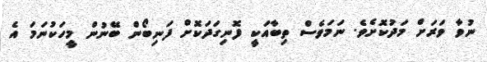
ނުވާ ވަރަށް މަދުކޮށެވެ. ނަމަވެސް ތިބާއަކީ ފޮނިގަދަކޮށް ފަނިބޯން ބޭނުން މީހަކުނަމަ އެ